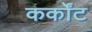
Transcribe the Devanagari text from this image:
कर्कोंट